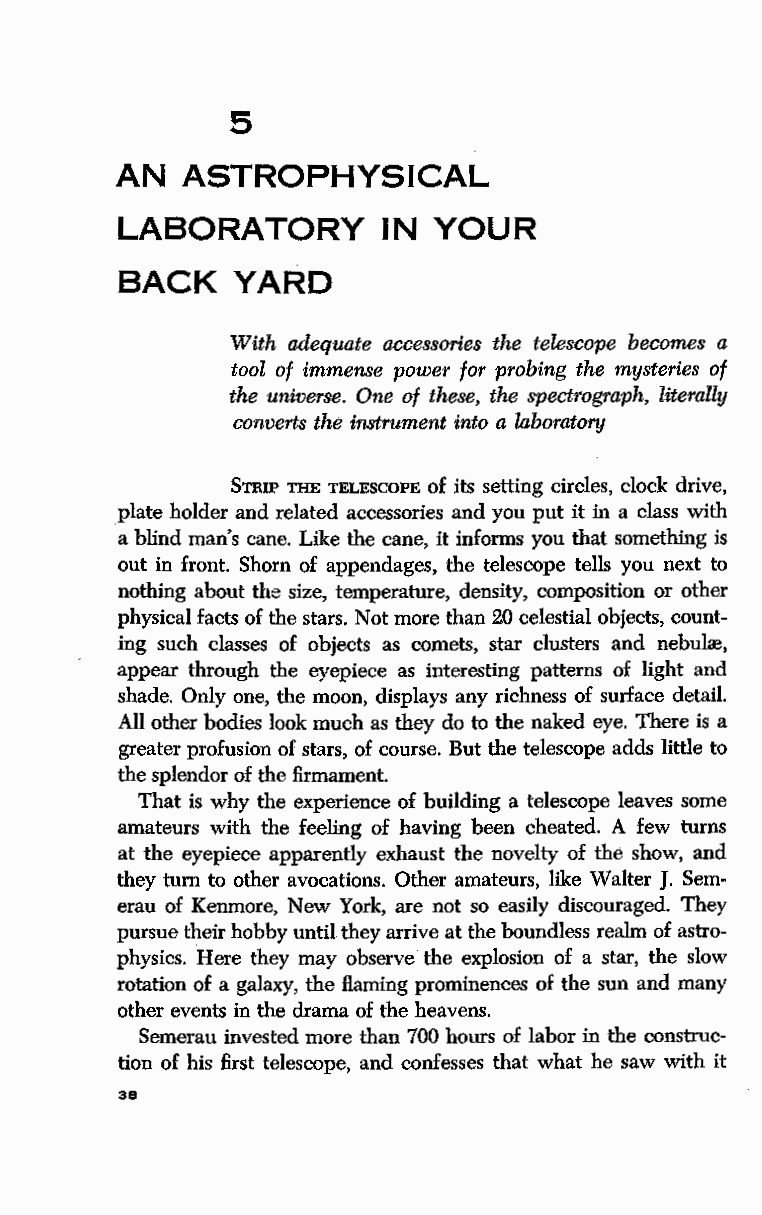
5
 AN  ASTROPHYSICAL
 LABORATORY       IN  YOUR
 BACK    YARD
 With adequate accessories the telescope becomes a
 tool of immense power for probing the mysteries of
 the universe. One of these, the spectrograph, literally
 converts the instrument into a laboratory
 STRIP THE TELESCOPE of its setting circles, clock drive,
 plate holder and related accessories and you put it in a class with
 a blind man's cane. Like the cane, it informs you that something is
 out in front. Shorn of appendages, the telescope tells you next to
 nothing about the size, temperature, density, composition or other
 physical facts of the stars. Not more than 20 celestial objects, count
 ing such classes of objects as comets, star clusters and nebulre,
 appear through the eyepiece as interesting patterns of light and
 shade. Only one, the moon, displays any richness of surface detail.
 All other bodies look much as they do to the naked eye. There is a
 greater profusion of stars, of course. But the telescope adds little to
 the splendor of the firmament.
 That is why the experience of building a telescope leaves some
 amateurs with the feeling of having been cheated. A few turns
 at the eyepiece apparently exhaust the novelty of the show, and
 they turn to other avocations. Other amateurs, like Walter J. Sem
 erau of Kenmore, New York, are not so easily discouraged. They
 pursue their hobby until they arrive at the boundless realm of astro
 physics. Here they may observe the explosion of a star, the slow
 rotation of a galaxy, the flaming prominences of the sun and many
 other events in the drama of the heavens.
 Semerau invested more than 700 hours of labor in the construc
 tion of his first telescope, and confesses that what he saw with it
 38